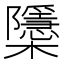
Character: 櫽